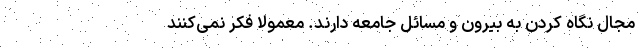
مجال نگاه کردن به بیرون و مسائل جامعه دارند. معمولاً فکر نمی‌کنند